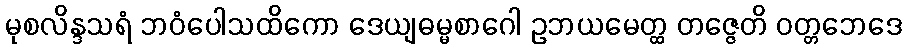
မုစလိန္ဒသရံ ဘဝံပေါသထိကော ဒေယျဓမ္မစာဂေါ ဥဘယမေတ္ထ တဇ္ဇေတိ ဝတ္တဘေဒေ